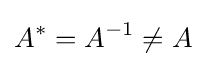
A^{*}=A^{-1}\neq A